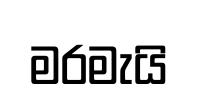
මරමැයි